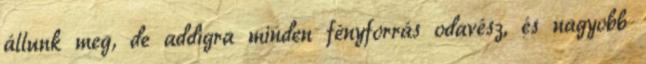
állunk meg, de addigra minden fényforrás odavész, és nagyobb